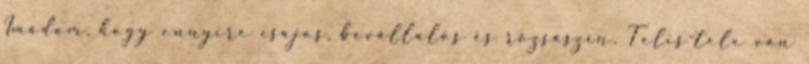
Imádom, hogy ennyire csajos, bevállalós és rózsaszín. Telis-tele van